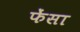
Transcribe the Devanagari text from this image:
फेंसा